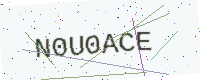
Text: N0U0ACE